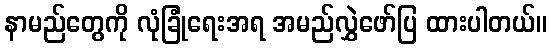
နာမည်တွေကို လုံခြုံရေးအရ အမည်လွှဲဖော်ပြ ထားပါတယ်။